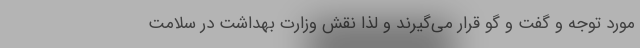
مورد توجه و گفت و گو قرار می‌گیرند و لذا نقش وزارت بهداشت در سلامت